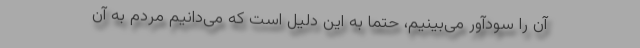
آن را سودآور می‌بینیم، حتما به این دلیل است که می‌دانیم مردم به آن